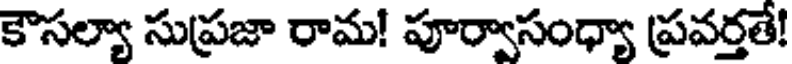
కౌసల్యా సుప్రజా రామ! పూర్వాసంధ్యా ప్రవర్తతే!